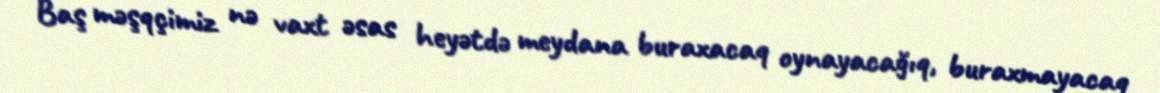
Baş məşqçimiz nə vaxt əsas heyətdə meydana buraxacaq oynayacağıq, buraxmayacaq